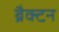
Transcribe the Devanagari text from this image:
ब्रैक्टन